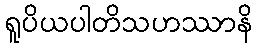
ရူပိယပါတိသဟဿာနိ